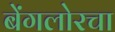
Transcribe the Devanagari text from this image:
बेंगलोरचा